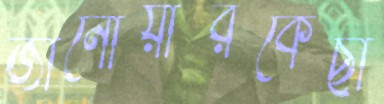
জানোয়ারকেছা